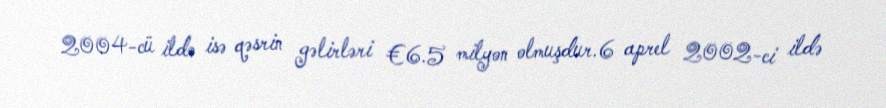
2004-cü ildə isə qəsrin gəlirləri €6.5 milyon olmuşdur.6 aprel 2002-ci ildə